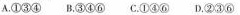
A.①③④ B.③④⑥ C.①④⑥ D.②③⑥